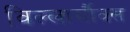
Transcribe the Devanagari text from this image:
विल्लार्सौक्स